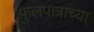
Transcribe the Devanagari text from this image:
फुलपात्राच्या